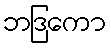
ဘဒြကော